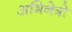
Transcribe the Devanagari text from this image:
अभिनेत्रो